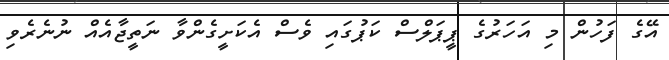
އޭގެ ފަހުން މި އަހަރުގެ ޕީޕަލްސް ކަޕުގައި ވެސް އެކަށީގެންވާ ނަތީޖާއެއް ނުނެރެވި